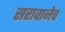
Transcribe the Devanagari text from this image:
सरावानेच